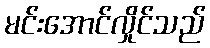
မင်းအောင်လှိုင်သည်